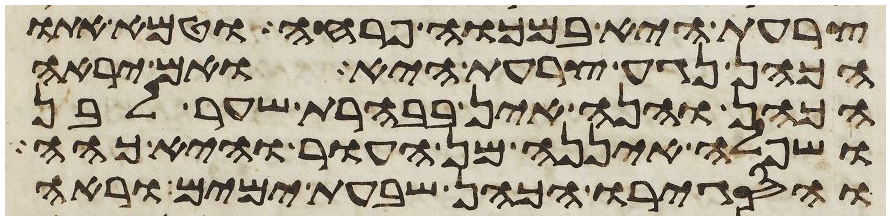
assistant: צרעת היא במכוה פרחה וטמא אתו
הכהן נגע צרעת היא ואם יראה
הכהן והנה אין בבהרת שער לבן
ושפלה איננה מן העור והיא כהה
והסגירו הכהן שבעת ימים וראה